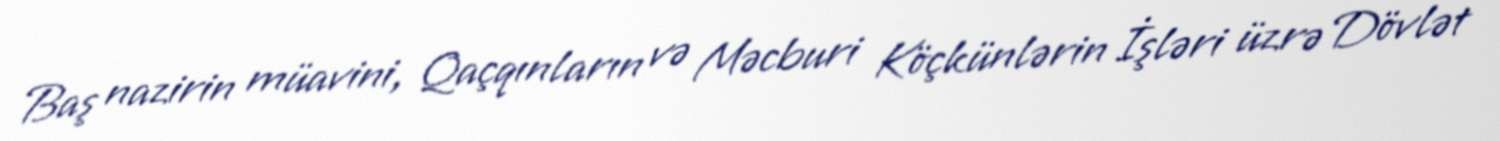
Baş nazirin müavini, Qaçqınların və Məcburi Köçkünlərin İşləri üzrə Dövlət